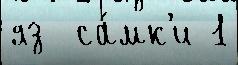
яз  са́мк'и 1